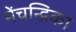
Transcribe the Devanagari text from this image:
मेंचन्द्रिका